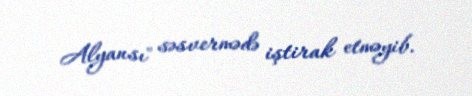
Alyansı" səsvermədə iştirak etməyib.